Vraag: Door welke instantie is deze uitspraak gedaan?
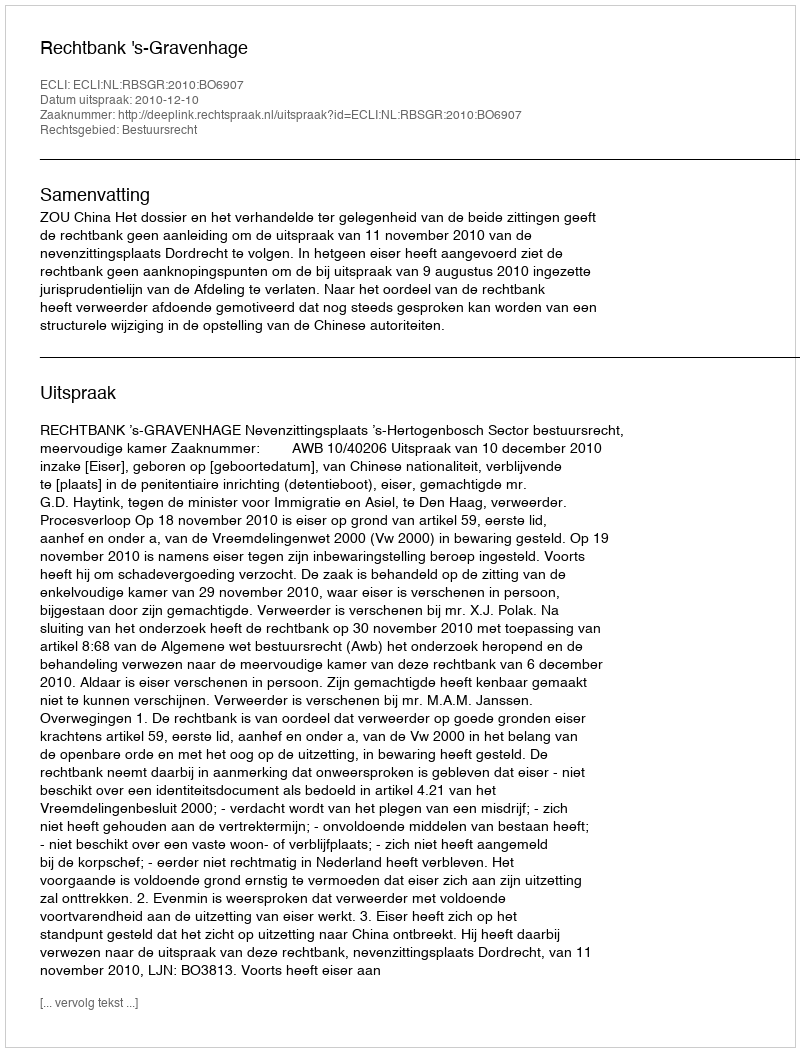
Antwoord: Rechtbank 's-Gravenhage